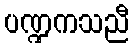
ပဏ္ဍကသညီ